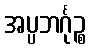
အပ္ပဘင်္ဂုဉ္စ